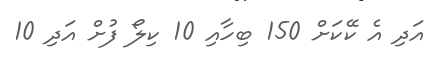
އަދި އެ ކޭކަށް 150 ބިހާއި 10 ކިލޯ ފުށް އަދި 10